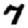
Digit: 7